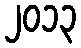
၂၀၁၃